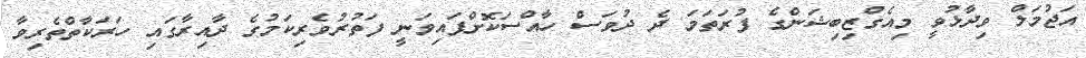
އަޖުމަލް ވިދާޅުވީ މިއެގްޒިބިޝަންގެ ފުރަތަމަ ދެ ދުވަސް ހާއްސަކޮށްފައިވަނީ ފަތުރުވެރިކަމުގެ ދާއިރާގައި ހަރަކާތްތެރިވާ